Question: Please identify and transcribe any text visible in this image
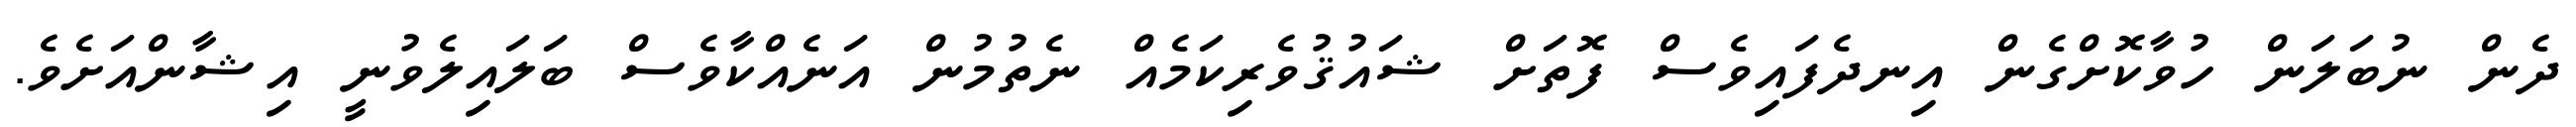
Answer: ދެން ނުބަލަން ހުވާކޮށްގެން އިނދެފައިވެސް ފޮތަށް ޝައުޤުވެރިކަމެއް ނެތުމުން އަނެއްކާވެސް ބަލައިލެވުނީ އިޝާންއަށެވެ.